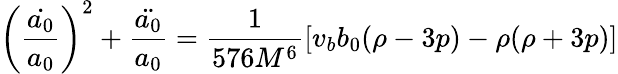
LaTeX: \left(\frac{\dot{a_{0}}}{a_{0}}\right)^{2}+\frac{\ddot{a_{0}}}{a_{0}}=\frac{1}{576M^{6}}\left[v_{b}b_{0}(\rho-3p)-\rho(\rho+3p)\right]